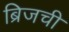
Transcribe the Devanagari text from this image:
ब्रिजची